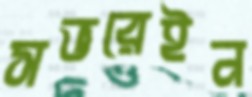
সভরেইন